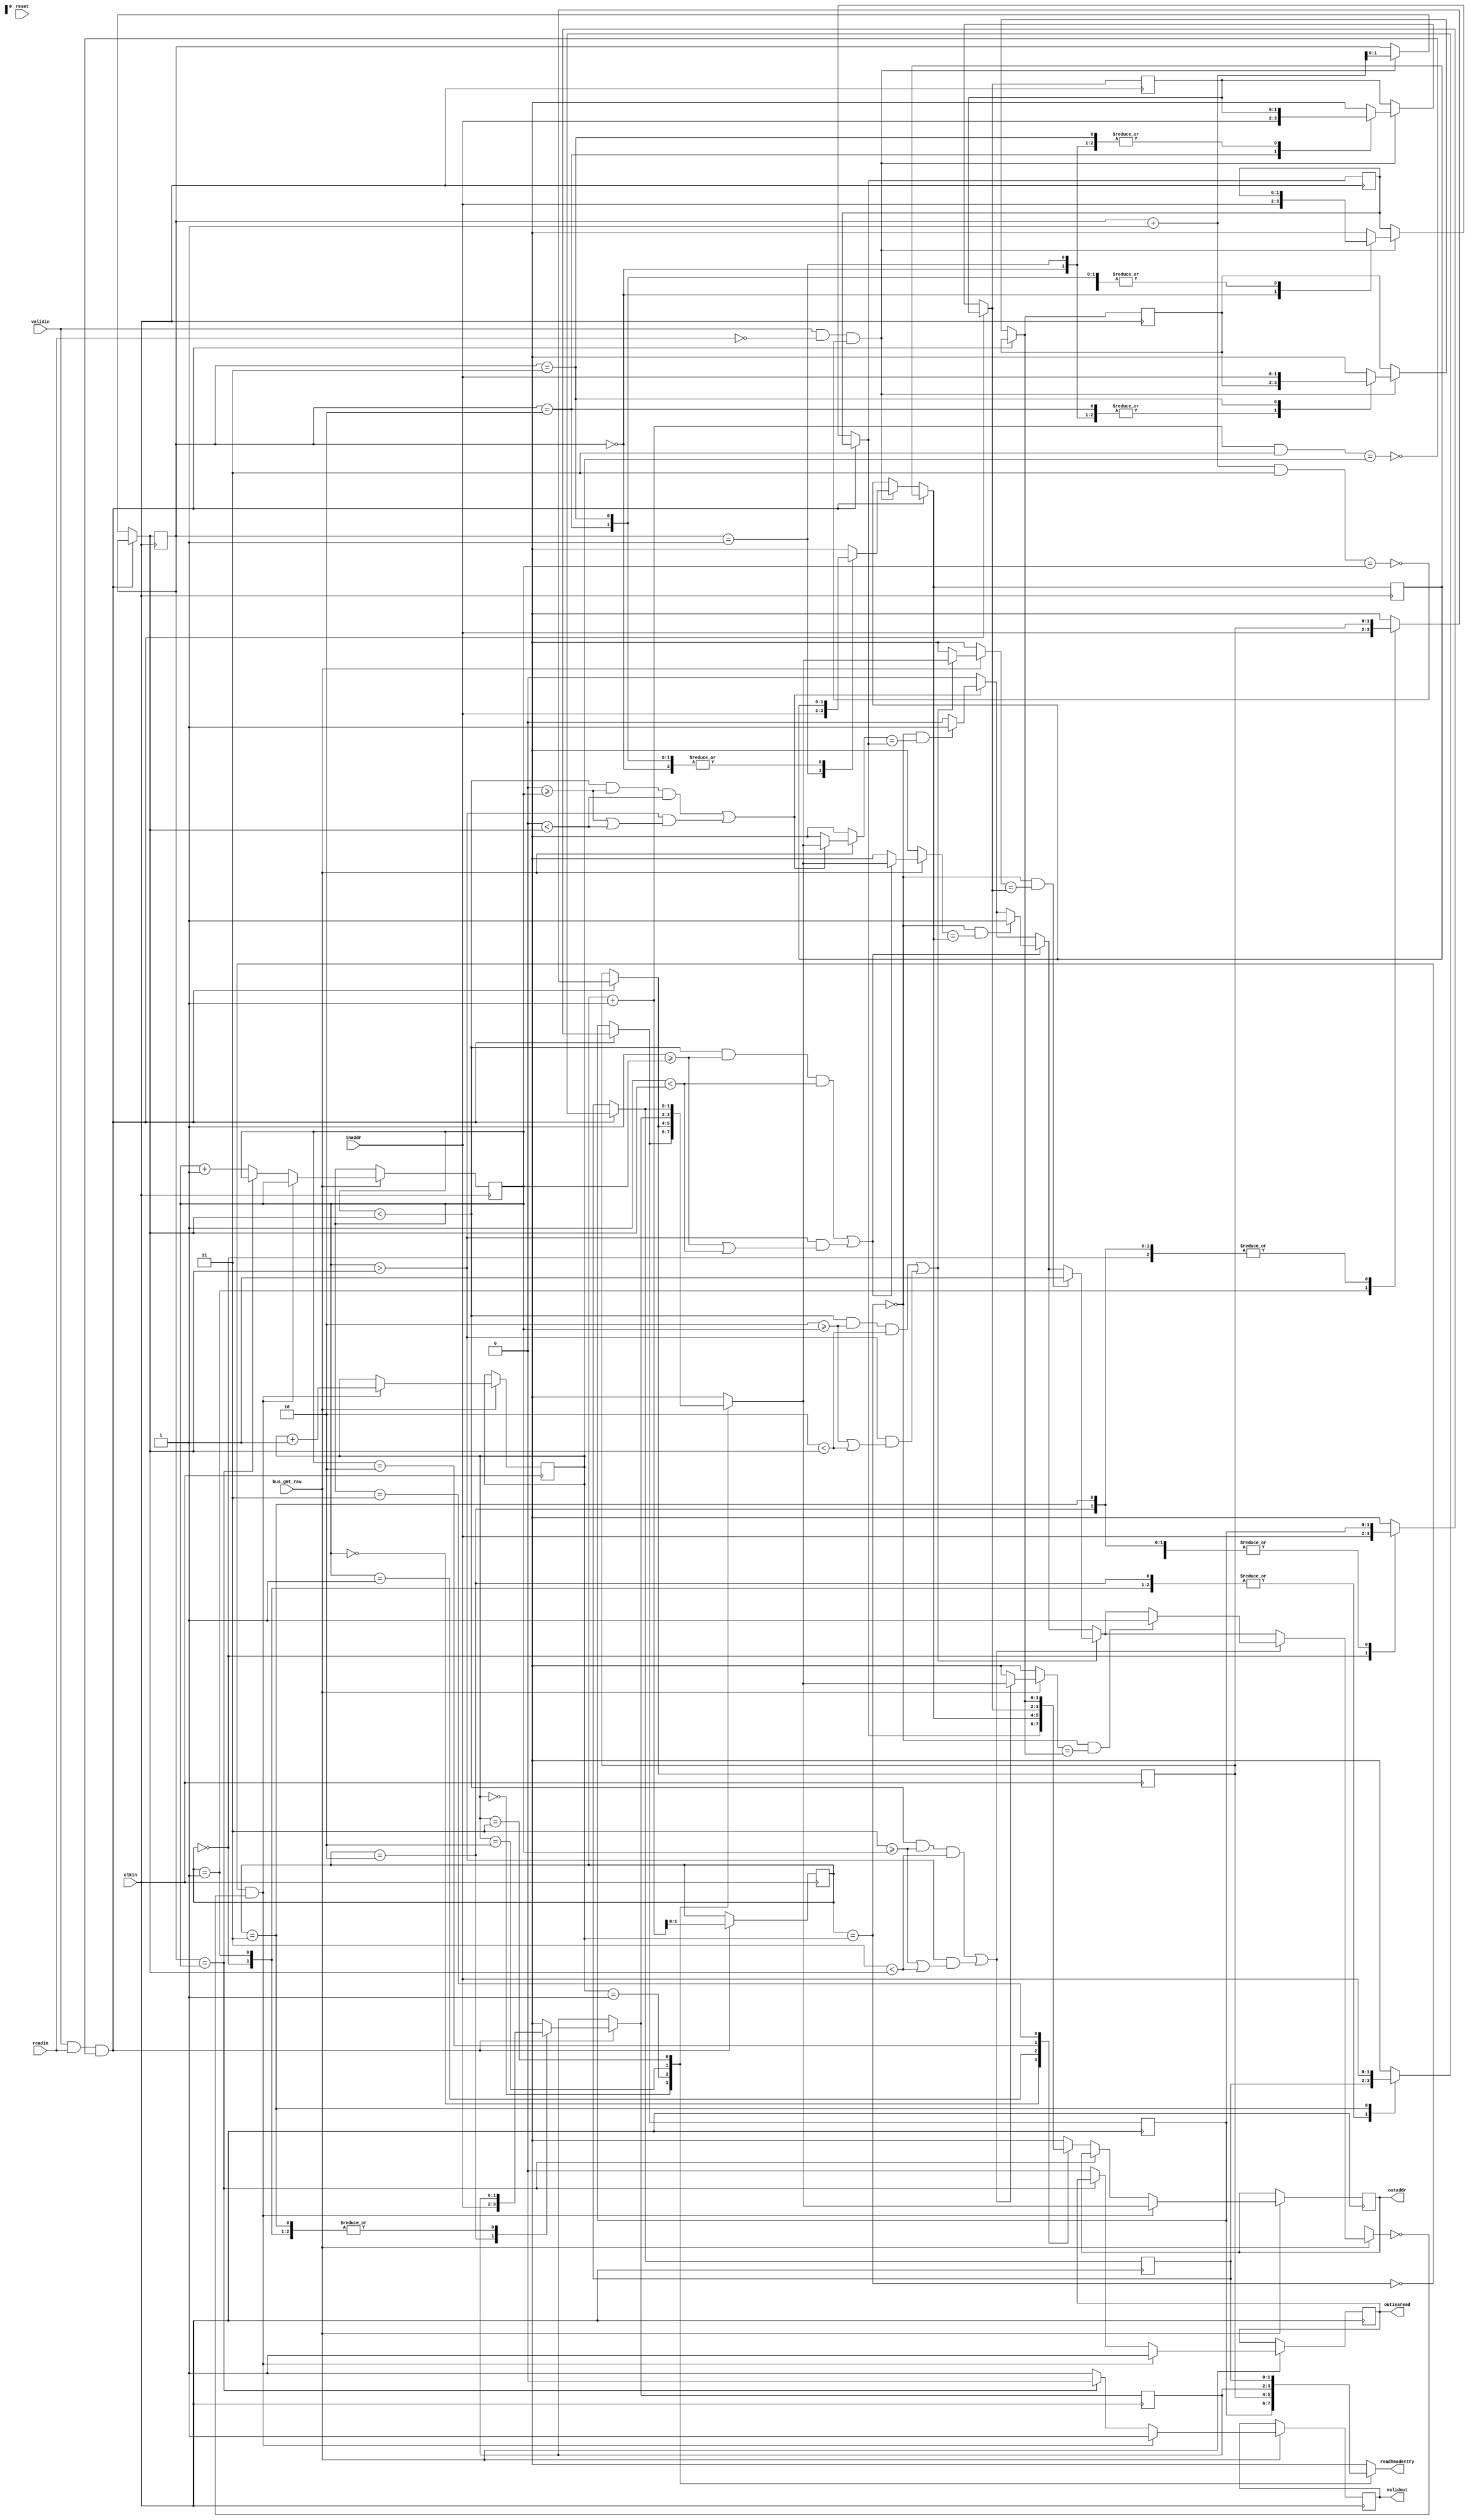
module sampleq (reset, inaddr, validin, readin, clkin, bus_gnt_raw,
		outaddr, validout, outisaread, readheadentry);

    parameter		WIDTH = 2; // width of the addresses
    parameter		LENGTH = 4; // length of the read/write fifos
    parameter		LOGLENGTH = 2; //no. of bits required to encode
                                       // head/tail pointers
    input		reset, validin, readin, clkin, bus_gnt_raw;
    input [WIDTH-1:0]	inaddr;

    output		validout, outisaread;
    output [WIDTH-1:0]	outaddr, readheadentry;

    reg [WIDTH-1:0]	readfifo [LENGTH-1:0];  // fifo to store read requests
    reg [WIDTH-1:0]	writefifo [LENGTH-1:0]; // fifo to store write requests
    reg [LOGLENGTH-1:0]	readtail; // points to the next incoming read address
    reg [LOGLENGTH-1:0]	readhead; // points to the next outgoing read address
    reg [LOGLENGTH-1:0]	writehead; // points to the next incoming write address
    reg [LOGLENGTH-1:0]	writetail; // points to the next outgoing write address

    reg			match; // indicates address match between the
                               // next outgoing read entry and a write entry.
    reg 		inputmatch;
    reg [WIDTH-1:0] 	outaddr; // output addres
    reg  		outisaread; // indicates output is a read
    reg			validout; // flags that the output address is valid
    wire		readfull, writefull, readempty, writeempty;
    integer		i;
    // Signals used in properties.
    reg 		bus_gnt;
    reg [LOGLENGTH-1:0] storeaddr; // output addres
    wire [WIDTH-1:0]	writetailentry;

    initial begin
	storeaddr = 0;
	inputmatch = 0;
        bus_gnt = 0;
       	readtail = 0;
	writetail = 0;
	readhead = 0;
  	writehead = 0;
	validout = 0;
	outisaread = 0;
	outaddr = 0;
	match = 0;
	for (i = 0; i <= LENGTH-1; i = i + 1) begin
	    readfifo[i] = 0;
	    writefifo[i] = 0;
	end
    end

    always @(posedge clkin) begin
        bus_gnt = bus_gnt_raw;
	// input: requests are queued in their respective FIFOs.
	if (validin && readin && !readfull) begin
	    readfifo[readtail] = inaddr;
	    readtail = readtail + 1;
	end else if (validin && !readin && !writefull) begin
	    writefifo[writetail] = inaddr;
	    writetail = writetail + 1;
	end // if (validin && !outisaread && !writefull)
        if (bus_gnt) begin
	    // checking for match between the next read queue entry and any
	    // entry in the write queue
	    match = 0;
	    for (i = 0; i <= LENGTH-1; i = i + 1) begin
		if (((writehead < writetail) && (i >= writehead) &&
		     (i < writetail)) ||
	            ((writehead > writetail) && ((i >= writehead) ||
						 (i < writetail)))) begin
		    if ((readempty == 0) &&
			(readfifo[readhead] == writefifo[i])) begin
			match = 1;
 			storeaddr = readhead;
		    end
		end
	    end // for (i = 0; i < LENGTH-1; i = i + 1)
	    // output: requests are queued out in the fifo order. Read
	    // requests are queued out before write requests unless the read
	    // address is present in the write queue. In case of a match,
	    // the read request is withheld till the write requests with the
	    // match are sent out.
	    if (!readempty && !match) begin
		outaddr = readfifo[readhead];
		readhead = readhead + 1;
		outisaread = 1;
		validout = 1;
	    end else if (!writeempty) begin
		outaddr = writefifo[writehead];
		writehead = writehead + 1;
		outisaread = 0;
		validout = 1;
	    end else begin
		validout = 0;
	    end
        end
    end // always

    assign readempty = (readtail == readhead); // read queue is empty
    assign writeempty = (writetail == writehead); // write queue is empty
    // read queue is full
    assign readfull = (((readtail +1)&{LOGLENGTH{1'b1}}) == readhead);
    // write queue is full
    assign writefull = (((writetail + 1)&{LOGLENGTH{1'b1}}) == writehead);

    assign readheadentry = readfifo[readhead];
    assign writetailentry = writefifo[writetail];

endmodule // sampleq